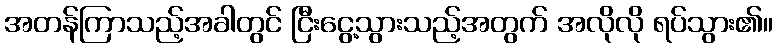
အတန်ကြာသည့်အခါတွင် ငြီးငွေ့သွားသည့်အတွက် အလိုလို ရပ်သွား၏။